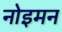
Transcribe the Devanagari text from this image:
नोइमन